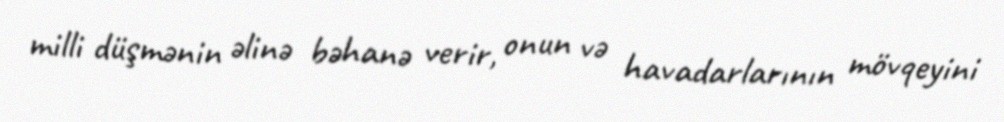
milli düşmənin əlinə bəhanə verir, onun və havadarlarının mövqeyini